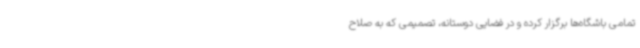
تمامی باشگاه‌ها برگزار کرده و در فضایی دوستانه، تصمیمی که به صلاح